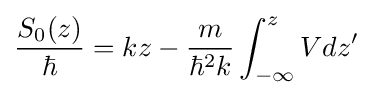
{\frac {S_{0}(z)}{\hbar }}=kz-{\frac {m}{{\hbar }^{2}k}}\int _{-\infty }^{z}{Vdz'}